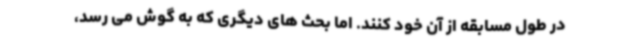
در طول مسابقه از آن خود کنند. اما بحث های دیگری که به گوش می رسد،